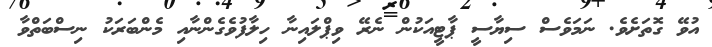
އުވޭ ގޮތަށެވެ. ނަމަވެސް ސިޔާސީ ޕާޓީއަކުން ނެރޭ ވިޕްލައިނާ ހިލާފުވެގެންނާއި މެންބަރަކު ނިސްބަތްވާ